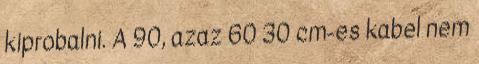
kiprobalni. A 90, azaz 60 30 cm-es kabel nem